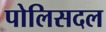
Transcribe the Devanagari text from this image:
पोलिसदल